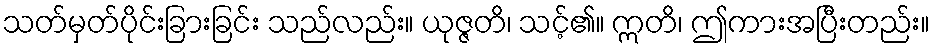
သတ်မှတ်ပိုင်းခြားခြင်း သည်လည်း။ ယုဇ္ဇတိ၊ သင့်၏။ ဣတိ၊ ဤကားအပြီးတည်း။